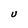
Character: U